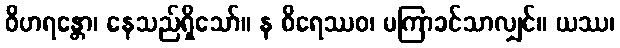
ဝိဟရန္တော၊ နေသည်ရှိသော်။ န စိရေဿဝ၊ မကြာခင်သာလျှင်။ ယဿ၊